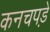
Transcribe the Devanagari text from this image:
कनचपडे़